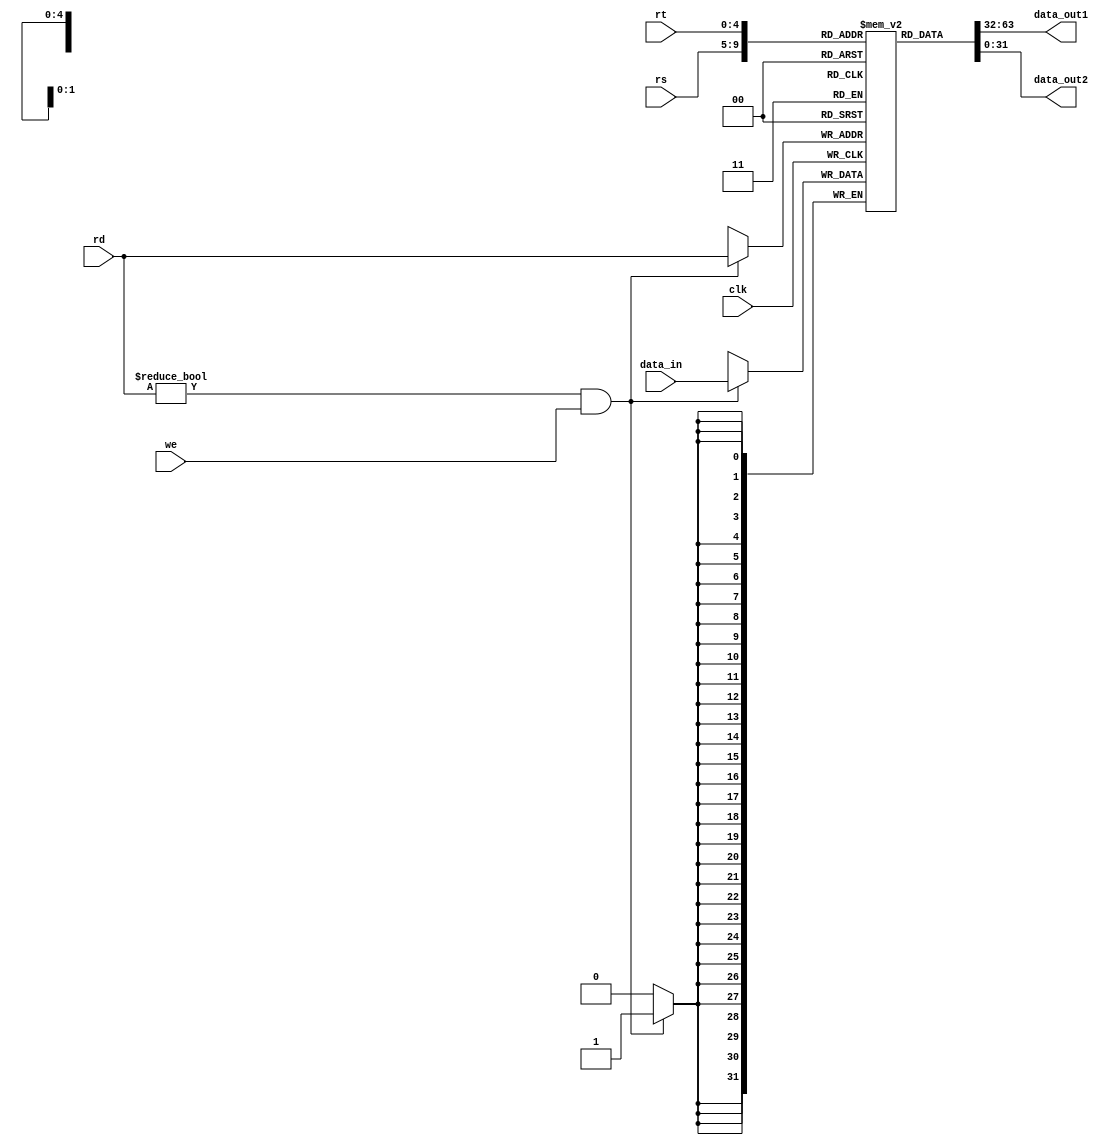
`timescale 1ns / 1ps
//////////////////////////////////////////////////////////////////////////////////
// Company: 
// Engineer: 
// 
// Design Name: 
// Module Name:    regfile 
// Project Name: 
// Target Devices: 
// Tool versions: 
// Description: 
//
// Dependencies: 
//
// Revision: 
// Revision 0.01 - File Created
// Additional Comments: 
//
//////////////////////////////////////////////////////////////////////////////////
module regfile (rs, rt, data_in, rd, we, clk, data_out1, data_out2);
  input [4:0] rs, rt, rd;
  input [31:0] data_in;
  input we, clk;
  output [31:0] data_out1, data_out2;
  
  reg [31:0] register [0:31];
  initial 
	begin
    register[0] = 0; // 
	end
	
	
  assign data_out1 = register[rs];
  assign data_out2 = register[rt];
  
  always @(posedge clk) 
	begin
    if ((rd != 0) && (we == 1)) 
		begin
			register[rd] = data_in;
		end
	end
endmodule